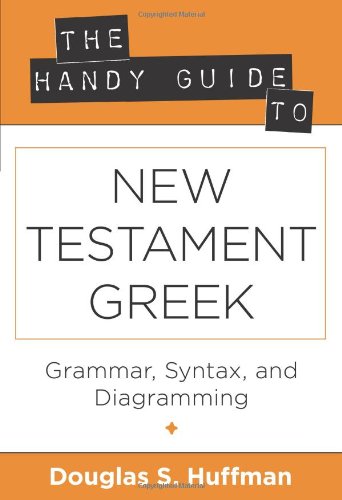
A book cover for The Handy Guide to New Testament Greek: Grammar, Syntax, and Diagramming (The Handy Guide Series) (Greek Edition); Douglas S. Huffman; Christian Books & Bibles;